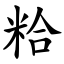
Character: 粭